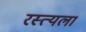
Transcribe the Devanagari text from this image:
रस्त्यला